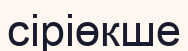
сіріөкше